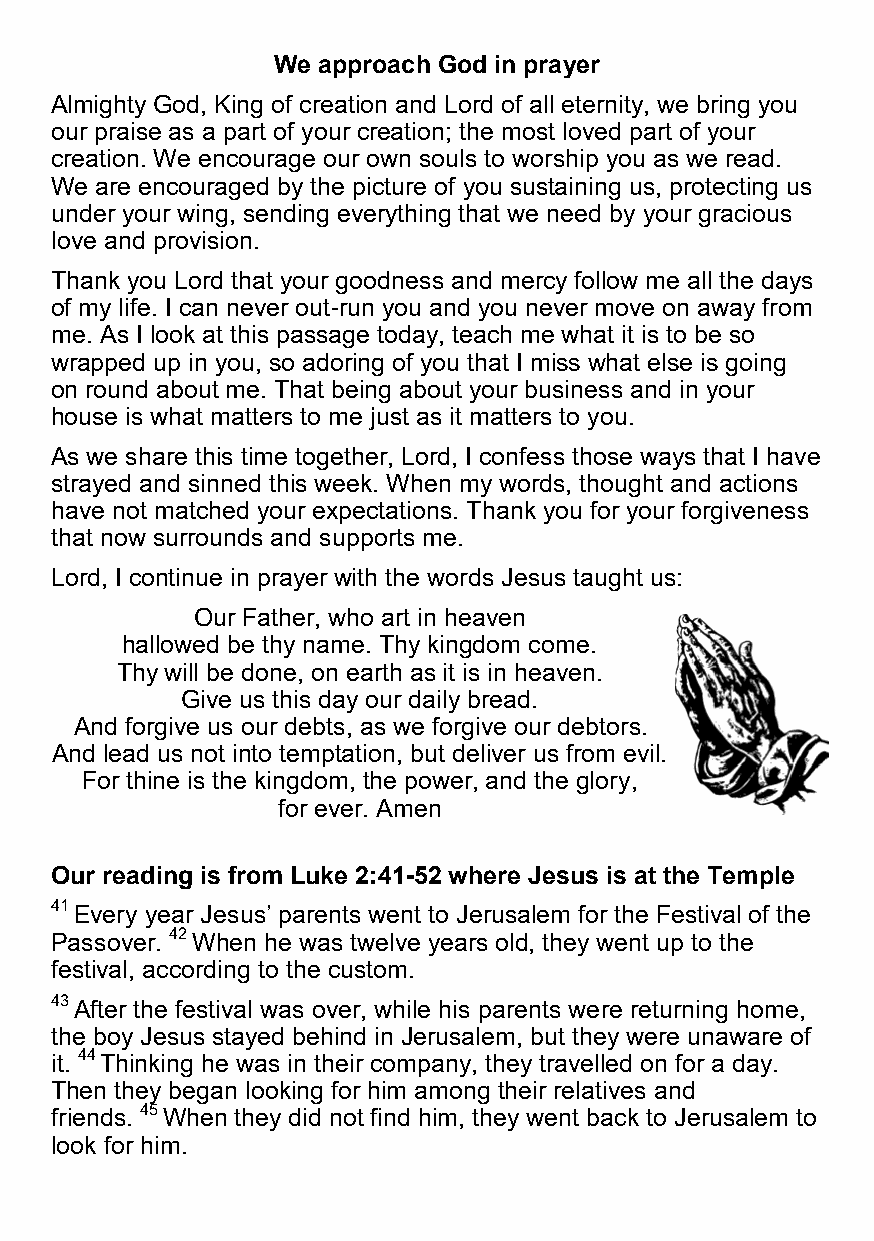
We approach God in prayer
 Almighty God, King of creation and Lord of all eternity, we bring you
 our praise as a part of your creation; the most loved part of your
 creation. We encourage our own souls to worship you as we read.
 We are encouraged by the picture of you sustaining us, protecting us
 under your wing, sending everything that we need by your gracious
 love and provision.
 Thank you Lord that your goodness and mercy follow me all the days
 of my life. I can never out-run you and you never move on away from
 me. As I look at this passage today, teach me what it is to be so
 wrapped up in you, so adoring of you that I miss what else is going
 on round about me. That being about your business and in your
 house is what matters to me just as it matters to you.
 As we share this time together, Lord, I confess those ways that I have
 strayed and sinned this week. When my words, thought and actions
 have not matched your expectations. Thank you for your forgiveness
 that now surrounds and supports me.
 Lord, I continue in prayer with the words Jesus taught us:
 Our Father, who art in heaven
 hallowed be thy name. Thy kingdom come.
 Thy will be done, on earth as it is in heaven.
 Give us this day our daily bread.
 And forgive us our debts, as we forgive our debtors.
 And lead us not into temptation, but deliver us from evil.
 For thine is the kingdom, the power, and the glory,
 for ever. Amen
 Our reading is from Luke 2:41-52 where Jesus is at the Temple
 41 Every year Jesus’ parents went to Jerusalem for the Festival of the
 Passover. 42 When he was twelve years old, they went up to the
 festival, according to the custom.
 43 After the festival was over, while his parents were returning home,
 the boy Jesus stayed behind in Jerusalem, but they were unaware of
 it. 44 Thinking he was in their company, they travelled on for a day.
 Then they began looking for him among their relatives and
 friends. 45 When they did not find him, they went back to Jerusalem to
 look for him.